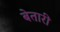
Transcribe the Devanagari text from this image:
बेतारी